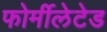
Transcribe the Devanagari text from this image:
फोर्मीलेटेड